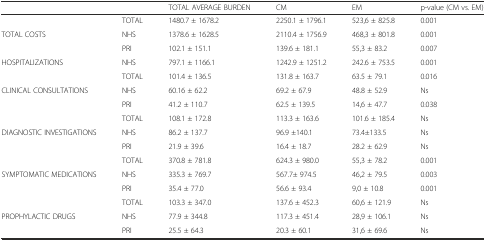
<table><thead><tr><td colspan="2"></td><td><b>TOTAL AVERAGE BURDEN</b></td><td><b>CM</b></td><td><b>EM</b></td><td><b>p-value (CM vs. EM)</b></td></tr></thead><tbody><tr><td rowspan="3">TOTAL COSTS</td><td>TOTAL</td><td>1480.7 ± 1678.2</td><td>2250.1 ± 1796.1</td><td>523,6 ± 825.8</td><td>0.001</td></tr><tr><td>NHS</td><td>1378.6 ± 1628.5</td><td>2110.4 ± 1756.9</td><td>468,3 ± 801.8</td><td>0.001</td></tr><tr><td>PRI</td><td>102.1 ± 151.1</td><td>139.6 ± 181.1</td><td>55,3 ± 83.2</td><td>0.007</td></tr><tr><td>HOSPITALIZATIONS</td><td>NHS</td><td>797.1 ± 1166.1</td><td>1242.9 ± 1251.2</td><td>242.6 ± 753.5</td><td>0.001</td></tr><tr><td rowspan="3">CLINICAL CONSULTATIONS</td><td>TOTAL</td><td>101.4 ± 136.5</td><td>131.8 ± 163.7</td><td>63.5 ± 79.1</td><td>0.016</td></tr><tr><td>NHS</td><td>60.16 ± 62.2</td><td>69.2 ± 67.9</td><td>48.8 ± 52.9</td><td>Ns</td></tr><tr><td>PRI</td><td>41.2 ± 110.7</td><td>62.5 ± 139.5</td><td>14,6 ± 47.7</td><td>0.038</td></tr><tr><td rowspan="3">DIAGNOSTIC INVESTIGATIONS</td><td>TOTAL</td><td>108.1 ± 172.8</td><td>113.3 ± 163.6</td><td>101.6 ± 185.4</td><td>Ns</td></tr><tr><td>NHS</td><td>86.2 ± 137.7</td><td>96.9 ±140.1</td><td>73.4±133.5</td><td>Ns</td></tr><tr><td>PRI</td><td>21.9 ± 39.6</td><td>16.4 ± 18.7</td><td>28.2 ± 62.9</td><td>Ns</td></tr><tr><td rowspan="3">SYMPTOMATIC MEDICATIONS</td><td>TOTAL</td><td>370.8 ± 781.8</td><td>624.3 ± 980.0</td><td>55,3 ± 78.2</td><td>0.001</td></tr><tr><td>NHS</td><td>335.3 ± 769.7</td><td>567.7± 974.5</td><td>46,2 ± 79.5</td><td>0.003</td></tr><tr><td>PRI</td><td>35.4 ± 77.0</td><td>56.6 ± 93.4</td><td>9,0 ± 10.8</td><td>0.001</td></tr><tr><td rowspan="3">PROPHYLACTIC DRUGS</td><td>TOTAL</td><td>103.3 ± 347.0</td><td>137.6 ± 452.3</td><td>60,6 ± 121.9</td><td>Ns</td></tr><tr><td>NHS</td><td>77.9 ± 344.8</td><td>117.3 ± 451.4</td><td>28,9 ± 106.1</td><td>Ns</td></tr><tr><td>PRI</td><td>25.5 ± 64.3</td><td>20.3 ± 60.1</td><td>31,6 ± 69.6</td><td>Ns</td></tr></tbody></table>